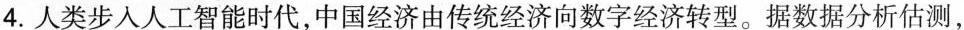
4.人类步人人工智能时代，中国经济由传统经济向数字经济转型。据数据分析估测，